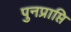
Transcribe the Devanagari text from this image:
पुनप्राप्ति